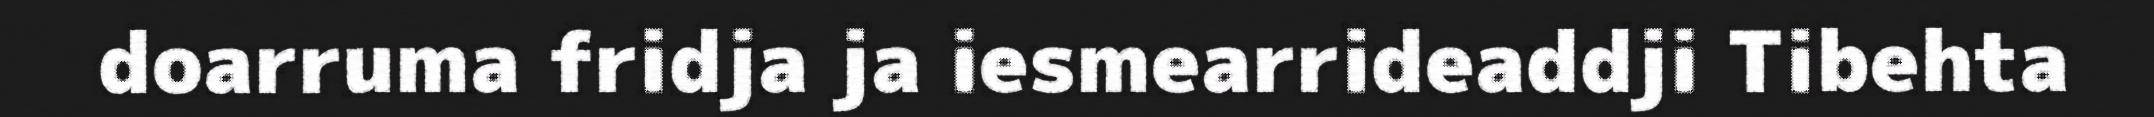
doarruma fridja ja iesmearrideaddji Tibehta